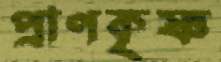
প্রাণকৃষ্ণ